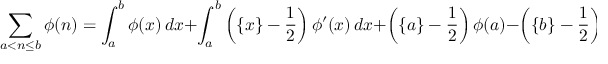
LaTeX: \sum _ { a < n \leq b } \phi ( n ) = \int _ { a } ^ { b } \phi ( x ) \, d x + \int _ { a } ^ { b } \left( \{ x \} - { \frac { 1 } { 2 } } \right) \phi ^ { \prime } ( x ) \, d x + \left( \{ a \} - { \frac { 1 } { 2 } } \right) \phi ( a ) - \left( \{ b \} - { \frac { 1 } { 2 } } \right) \phi ( b ) .